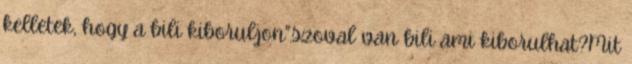
kelletek, hogy a bili kiboruljon".szoval van bili ami kiborulhat?Mit